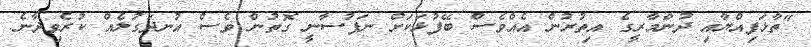
"ތާޅަފިއްޔާއި ދުންމާރީގެ އިތުރުން އެއްވެސް ބޭފުޅަކަށް ނަފުސާނީ ގޮތުން ވެސް އުނދަގުލެއް ކުރެވިދާނެ